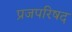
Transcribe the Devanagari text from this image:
प्रजपरिषद